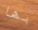
بها